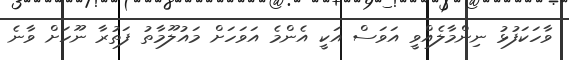
ވާހަކަފުޅު ނިންމާލެއްވީ އަވަސް އަކީ އެންމެ އަވަހަށް މައުލޫމާތު ފަތުރާ ނޫހަށް ވާނެ